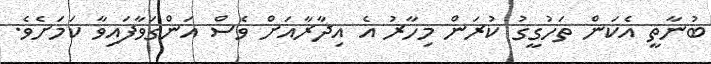
ބުނާތީ އެކަން ތަހުގީގު ކުރަން މިހާރު އެ އިދާރާއަށް ވެސް އަންގަވާފައިވާ ކަމަށެވެ.